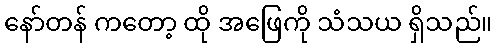
နော်တန် ကတော့ ထို အဖြေကို သံသယ ရှိသည်။